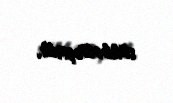
söhbətləşirik.